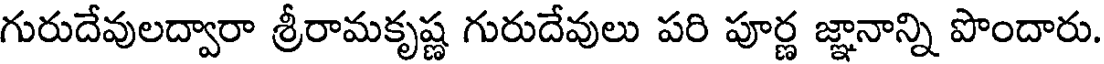
గురుదేవులద్వారా శ్రీరామకృష్ణ గురుదేవులు పరి పూర్ణ జ్ఞానాన్ని పొందారు.